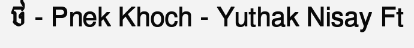
ថ - Pnek Khoch - Yuthak Nisay Ft